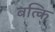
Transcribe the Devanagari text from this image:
बत्कि